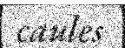
caules